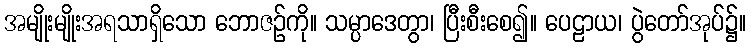
အမျိုးမျိုးအရသာရှိသော ဘောဇဉ်ကို။ သမ္ပာဒေတွာ၊ ပြီးစီးစေ၍။ ပေဠာယ၊ ပွဲတော်အုပ်၌။